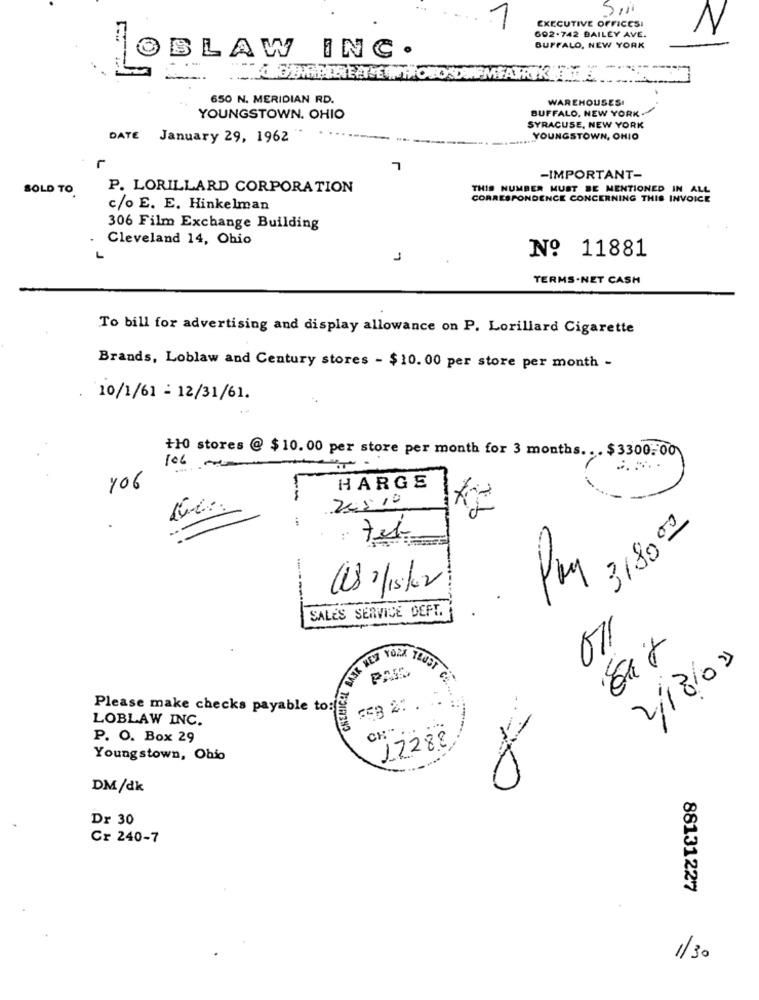
1
EXECUTIVE OFFICESI
602.742 BAILEY AVE.
N
BUFFALO, NEW YORK
BLAW INC.
650 N. MERIDIAN RD.
WAREHOUSES!
BUFFALO, NEW YORK .
YOUNGSTOWN. OHIO
SYRACUSE, NEW YORK
DATE January 29, 1962
..... YOUNGSTOWN, OHIO
L
7
-IMPORTANT-
SOLD TO
P. LORILLARD CORPORATION
THIS NUMBER MUST BE MENTIONED IN ALL
CORRESPONDENCE CONCERNING THIS INVOICE
c/o E. E. Hinkelman
306 Film Exchange Building
Cleveland 14, Ohio
Nº 11881
J
TERMS-NET CASH
To bill for advertising and display allowance on P. Lorillard Cigarette
Brands, Loblaw and Century stores - $10. 00 per store per month -
10/1/61 - 12/31/61.
+10 stores @ $10. 00 per store per month for 3 months. . . $3300. 00
106
..
106
HARGE
245.10
318000
:
18 2/15/02
SALES SERVICE DEFT.
011
2/8/09
Please make checks payable to:
LOBLAW INC.
P. O. Box 29
17288
Youngstown, Ohio
DM/dk
Dr 30
Cr 240-7
88131227
1/30